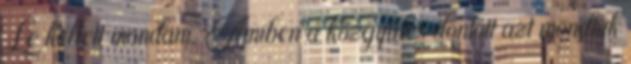
Le kellett mondani. Amiben a közgyűlés döntött azt mondtuk